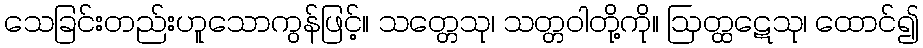
သေခြင်းတည်းဟူသောကွန်ဖြင့်။ သတ္တေသု၊ သတ္တဝါတို့ကို။ ဩတ္ထဋေသု၊ ထောင်၍